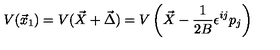
V ( \vec { x } _ { 1 } ) = V ( \vec { X } + \vec { \Delta } ) = V \left( \vec { X } - \frac { 1 } { 2 B } \epsilon ^ { i j } p _ { j } \right)